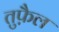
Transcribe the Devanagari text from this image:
तुफ़ैल